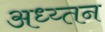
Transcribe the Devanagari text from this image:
अध्य्तन